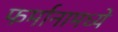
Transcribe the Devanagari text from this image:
फर्मानामध्ये